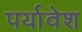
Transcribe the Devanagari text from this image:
पर्यावेश